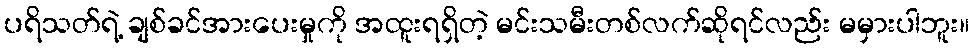
ပရိသတ်ရဲ့ ချစ်ခင်အားပေးမှုကို အထူးရရှိတဲ့ မင်းသမီးတစ်လက်ဆိုရင်လည်း မမှားပါဘူး။